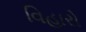
વિહારો